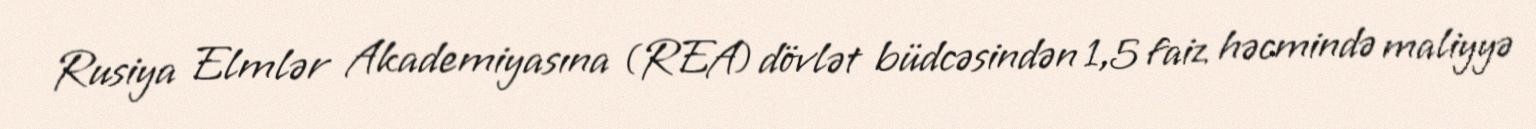
Rusiya Elmlər Akademiyasına (REA) dövlət büdcəsindən 1,5 faiz həcmində maliyyə